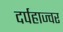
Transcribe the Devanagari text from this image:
दर्पहाज्वर